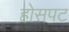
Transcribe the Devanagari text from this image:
होसपट